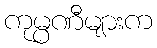
ကုမ္ပဏီများက